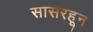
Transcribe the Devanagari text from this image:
सासरहून